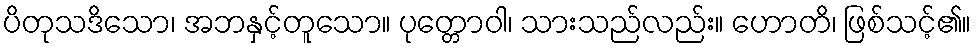
ပိတုသဒိသော၊ အဘနှင့်တူသော။ ပုတ္တောဝါ၊ သားသည်လည်း။ ဟောတိ၊ ဖြစ်သင့်၏။